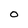
Character: 0